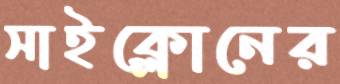
সাইক্লোনের